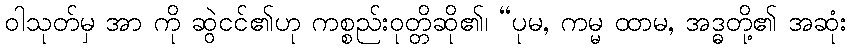
ဝါသုတ်မှ အာ ကို ဆွဲငင်၏ဟု ကစ္စည်းဝုတ္တိဆို၏၊ “ပုမ, ကမ္မ ထာမ, အဒ္ဓတို့၏ အဆုံး